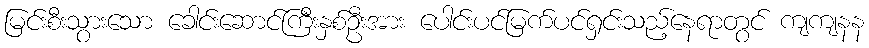
မြင်းစီးသွားသော ခေါင်းဆောင်ကြီးနှစ်ဦးအား ပေါင်းပင်မြက်ပင်ရှင်းသည့်နေရာတွင် ကျကျနန